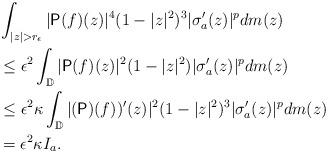
LaTeX: \begin{align*} &\int_{|z|>r_{\epsilon}}|\mathsf{P}(f)(z)|^{4}(1-|z|^{2})^{3}|\sigma_{a}'(z)|^{p}dm(z)\\&\leq {\epsilon}^{2}\int_{\mathbb{D}}|\mathsf{P}{(f)}(z)|^{2}(1-|z|^{2})|\sigma_{a}'(z)|^{p}dm(z)\\&\leq {\epsilon}^{2}\kappa\int_{\mathbb{D}}|(\mathsf{P})(f))'(z)|^{2}(1-|z|^{2})^{3}|\sigma_{a}'(z)|^{p}dm(z)\\&={\epsilon}^{2}\kappa I_{a}.\end{align*}